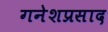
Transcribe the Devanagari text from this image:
गनेशप्रसाद